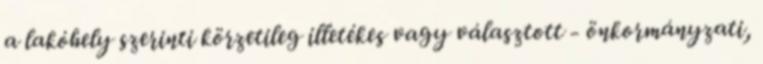
a lakóhely szerinti körzetileg illetékes vagy választott - önkormányzati,